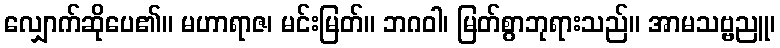
လျှောက်ဆိုပေ၏။ မဟာရာဇ၊ မင်းမြတ်။ ဘဂဝါ၊ မြတ်စွာဘုရားသည်။ အာမသဗ္ဗညူ၊